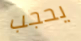
يحجب